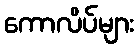
ကောလိပ်များ